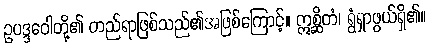
ဥပဒ္ဒဝေါတို့၏ တည်ရာဖြစ်သည်၏အဖြစ်ကြောင့်။ ဣစ္ဆိတံ၊ ရွံရှာဖွယ်ရှိ၏။